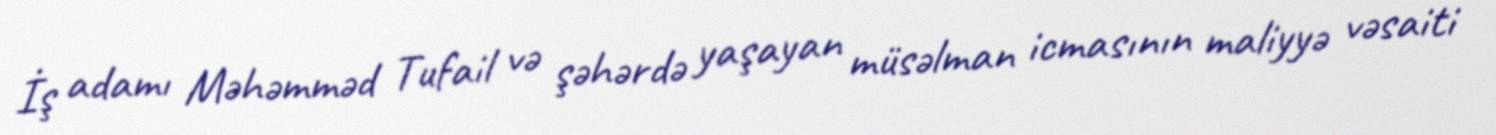
İş adamı Məhəmməd Tufail və şəhərdə yaşayan müsəlman icmasının maliyyə vəsaiti